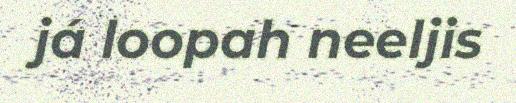
já loopah neeljis